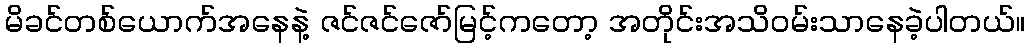
မိခင်တစ်ယောက်အနေနဲ့ ဇင်ဇင်ဇော်မြင့်ကတော့ အတိုင်းအသိဝမ်းသာနေခဲ့ပါတယ်။